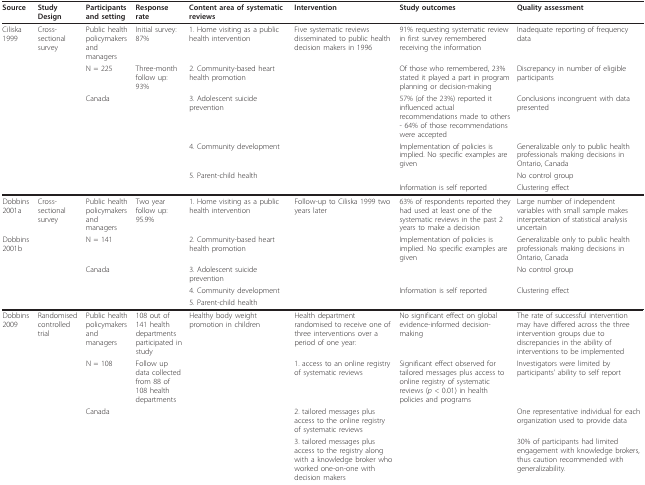
<table><thead><tr><td><b>Source</b></td><td><b>Study Design</b></td><td><b>Participants and setting</b></td><td><b>Response rate</b></td><td><b>Content area of systematic reviews</b></td><td><b>Intervention</b></td><td><b>Study outcomes</b></td><td><b>Quality assessment</b></td></tr></thead><tbody><tr><td>Ciliska 1999</td><td>Cross-sectional survey</td><td>Public health policymakers and managers</td><td>Initial survey: 87%</td><td>1. Home visiting as a public health intervention</td><td>Five systematic reviews disseminated to public health decision makers in 1996</td><td>91% requesting systematic review in first survey remembered receiving the information</td><td>Inadequate reporting of frequency data</td></tr><tr><td></td><td></td><td>N = 225</td><td>Three-month follow up: 93%</td><td>2. Community-based heart health promotion</td><td></td><td>Of those who remembered, 23% stated it played a part in program planning or decision-making</td><td>Discrepancy in number of eligible participants</td></tr><tr><td></td><td></td><td>Canada</td><td></td><td>3. Adolescent suicide prevention</td><td></td><td>57% (of the 23%) reported it influenced actual recommendations made to others- 64% of those recommendations were accepted</td><td>Conclusions incongruent with data presented</td></tr><tr><td></td><td></td><td></td><td></td><td>4. Community development</td><td></td><td>Implementation of policies is implied. No specific examples are given</td><td>Generalizable only to public health professionals making decisions in Ontario, Canada</td></tr><tr><td></td><td></td><td></td><td></td><td>5. Parent-child health</td><td></td><td></td><td>No control group</td></tr><tr><td></td><td></td><td></td><td></td><td></td><td></td><td>Information is self reported</td><td>Clustering effect</td></tr><tr><td>Dobbins 2001a</td><td>Cross-sectional survey</td><td>Public health policymakers and managers</td><td>Two year follow up: 95.9%</td><td>1. Home visiting as a public health intervention</td><td>Follow-up to Ciliska 1999 two years later</td><td>63% of respondents reported they had used at least one of the systematic reviews in the past 2 years to make a decision</td><td>Large number of independent variables with small sample makes interpretation of statistical analysis uncertain</td></tr><tr><td>Dobbins 2001b</td><td></td><td>N = 141</td><td></td><td>2. Community-based heart health promotion</td><td></td><td>Implementation of policies is implied. No specific examples are given</td><td>Generalizable only to public health professionals making decisions in Ontario, Canada</td></tr><tr><td></td><td></td><td>Canada</td><td></td><td>3. Adolescent suicide prevention</td><td></td><td></td><td>No control group</td></tr><tr><td></td><td></td><td></td><td></td><td>4. Community development</td><td></td><td>Information is self reported</td><td>Clustering effect</td></tr><tr><td></td><td></td><td></td><td></td><td>5. Parent-child health</td><td></td><td></td><td></td></tr><tr><td>Dobbins 2009</td><td>Randomised controlled trial</td><td>Public health policymakers and managers</td><td>108 out of 141 health departments participated in study</td><td>Healthy body weight promotion in children</td><td>Health department randomised to receive one of three interventions over a period of one year:</td><td>No significant effect on global evidence-informed decision-making</td><td>The rate of successful intervention may have differed across the three intervention groups due to discrepancies in the ability of interventions to be implemented</td></tr><tr><td></td><td></td><td>N = 108</td><td>Follow up data collected from 88 of 108 health departments</td><td></td><td>1. access to an online registry of systematic reviews</td><td>Significant effect observed for tailored messages plus access to online registry of systematic reviews (<i>p </i>&lt; 0.01) in health policies and programs</td><td>Investigators were limited by participants&#x27; ability to self report</td></tr><tr><td></td><td></td><td>Canada</td><td></td><td></td><td>2. tailored messages plus access to the online registry of systematic reviews</td><td></td><td>One representative individual for each organization used to provide data</td></tr><tr><td></td><td></td><td></td><td></td><td></td><td>3. tailored messages plus access to the registry along with a knowledge broker who worked one-on-one with decision makers</td><td></td><td>30% of participants had limited engagement with knowledge brokers, thus caution recommended with generalizability.</td></tr></tbody></table>